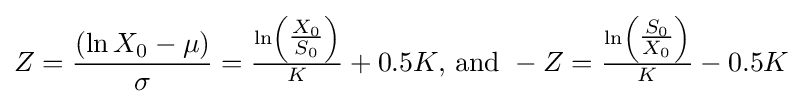
Z={\frac {(\ln X_{0}-\mu )}{\sigma }}={\tfrac {\ln \left({\tfrac {X_{0}}{S_{0}}}\right)}{K}}+0.5K{\text{, and }}-Z={\tfrac {\ln \left({\tfrac {S_{0}}{X_{0}}}\right)}{K}}-0.5K